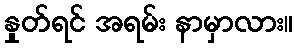
နှုတ်ရင် အရမ်း နာမှာလား။